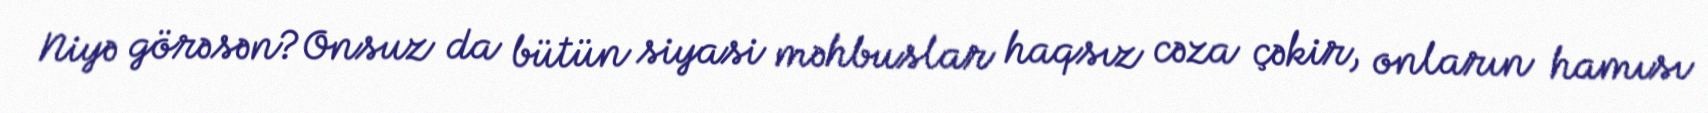
Niyə görəsən?Onsuz da bütün siyasi məhbuslar haqsız cəza çəkir, onların hamısı